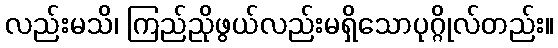
လည်းမသိ၊ ကြည်ညိုဖွယ်လည်းမရှိသောပုဂ္ဂိုလ်တည်း။